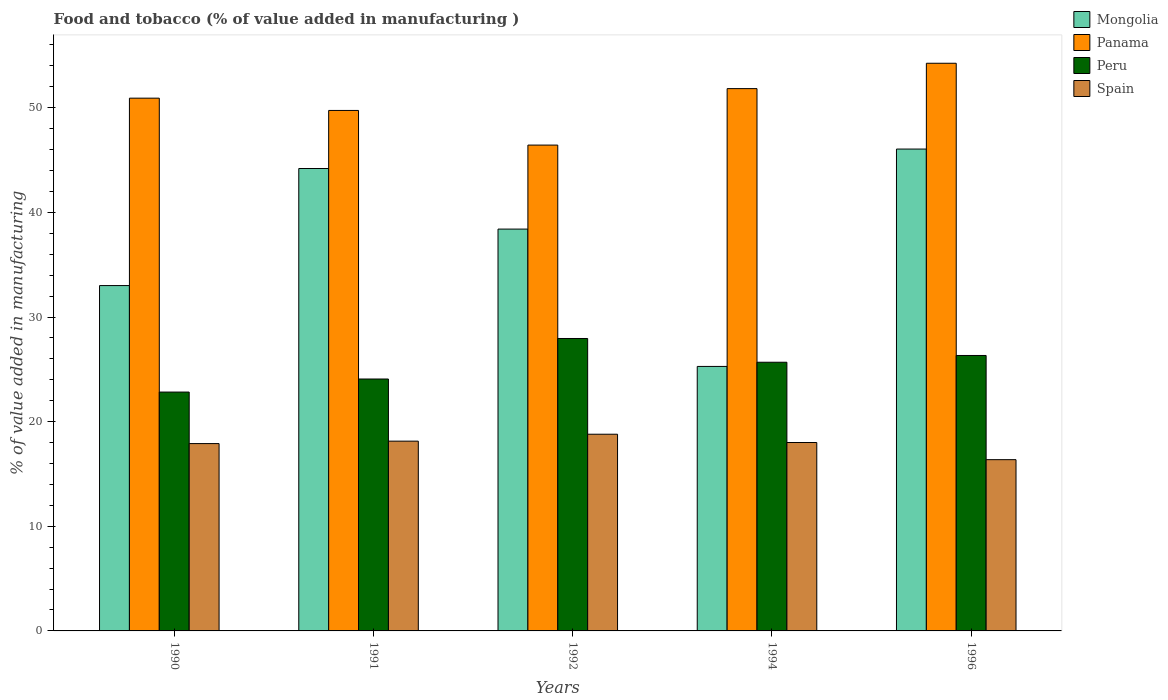
| Years | Mongolia | Panama | Peru | Spain |
 | --- | --- | --- | --- | --- |
 | 1990 | 33 | 50.9 | 22.8 | 17.9 |
 | 1991 | 44.2 | 49.7 | 24.1 | 18.1 |
 | 1992 | 38.4 | 46.4 | 27.9 | 18.8 |
 | 1994 | 25.3 | 51.8 | 25.7 | 18 |
 | 1996 | 46.1 | 54.3 | 26.3 | 16.4 |